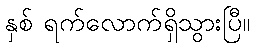
နှစ် ရက်လောက်ရှိသွားပြီ။